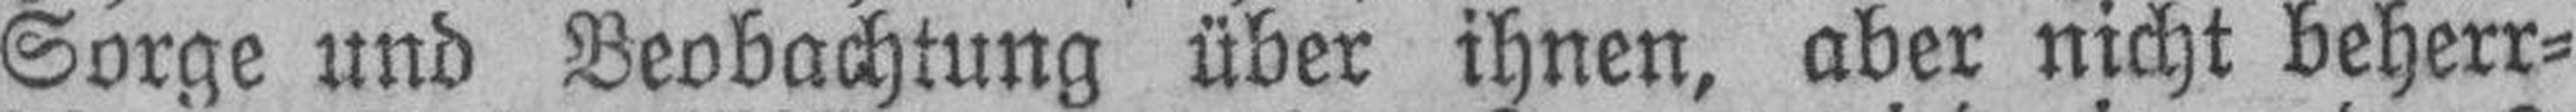
Sorge und Beobachtung über ihnen, aber nicht beherr¬